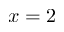
x = 2